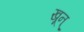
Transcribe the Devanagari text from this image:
खून्